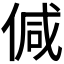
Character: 𠊭